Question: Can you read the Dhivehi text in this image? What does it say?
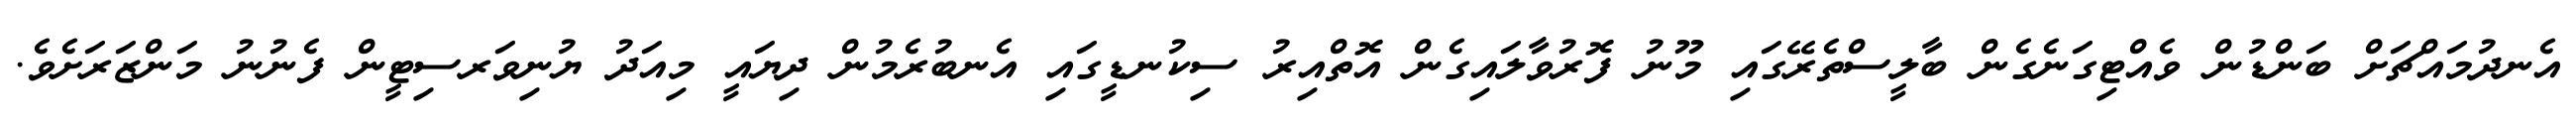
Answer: އެނދުމައްޗަށް ބަންޑުން ވެއްޓިގަނެގެން ބާލީސްތެރޭގައި މޫނު ފޮރުވާލައިގެން އޮތްއިރު ސިކުނޑީގައި އެނބުރެމުން ދިޔައީ މިއަދު ޔުނިވަރސިޓީން ފެނުނު މަންޒަރަށެވެ.